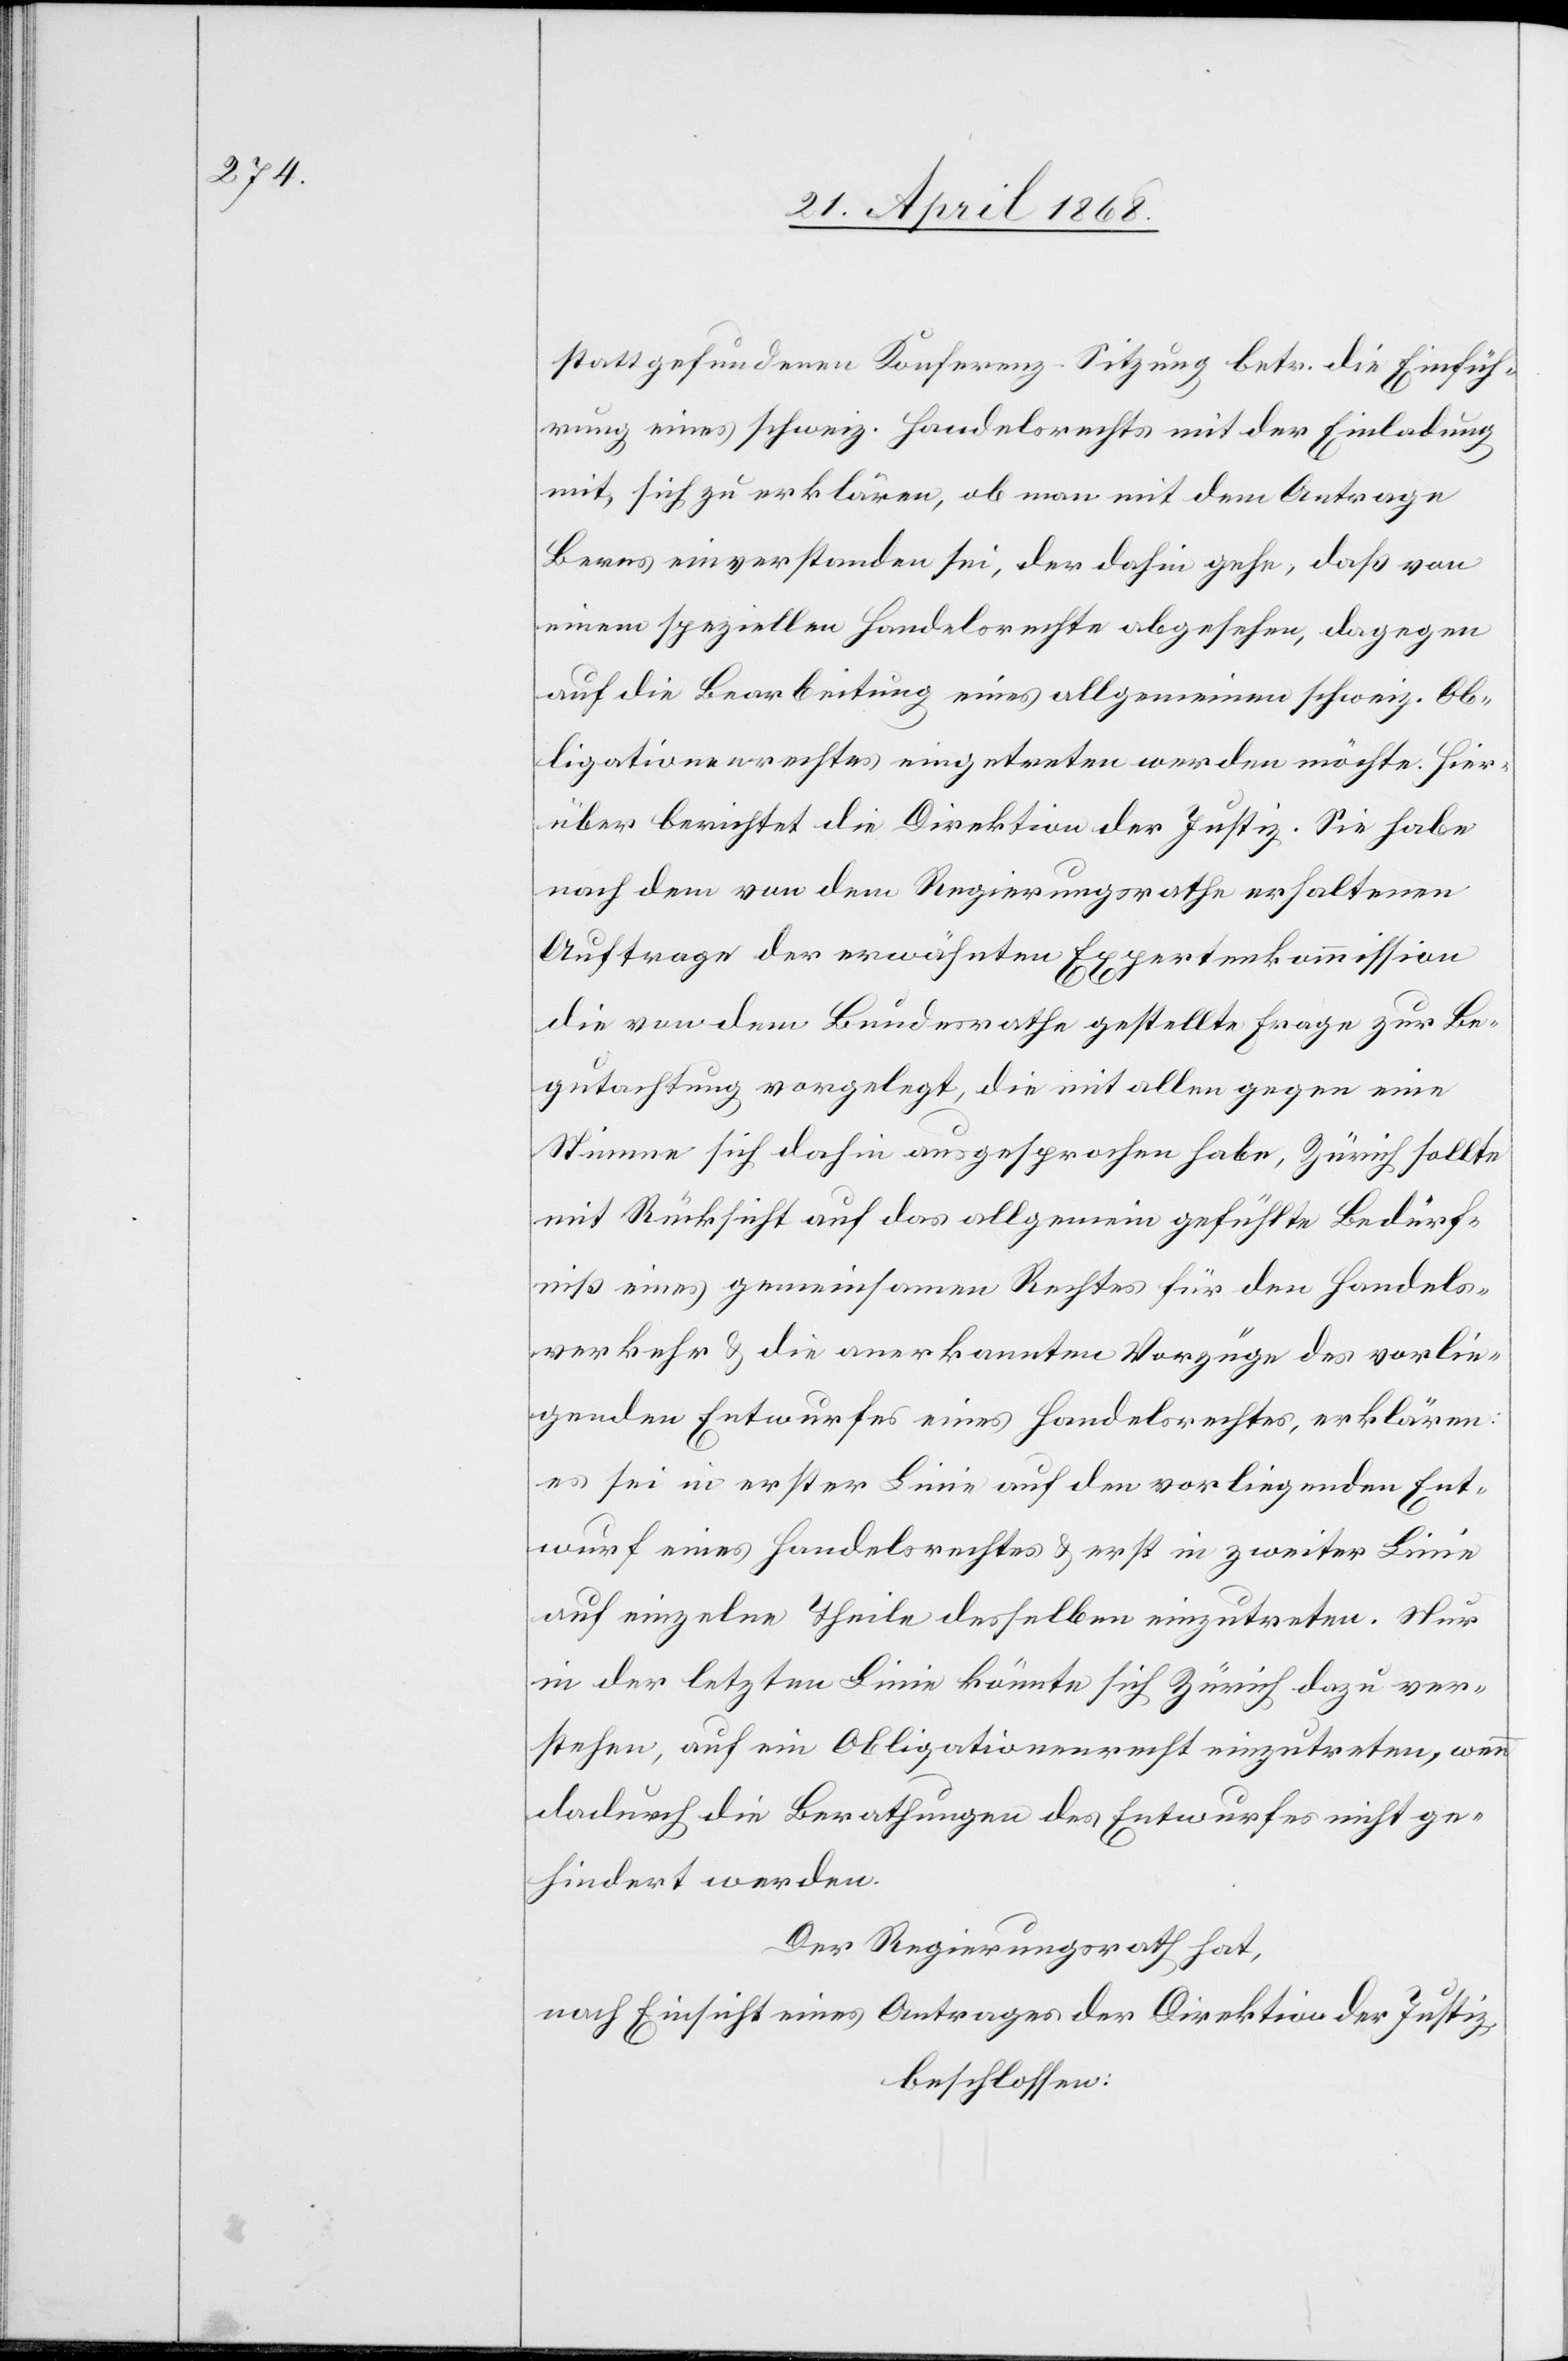
stattgefundenen Konferenz-Sitzung betr. die Einfüh¬
rung eines schweiz. Handelsrechts mit der Einladung
mit, sich zu erklären, ob man mit dem Antrage
Berns einverstanden sei, der dahin gehe, daß von
einem speziellen Handelsrechte abgesehen, dagegen
auf die Bearbeitung eines allgemeinen schweiz. Ob¬
ligationenrechtes eingetreten werden möchte. Hier¬
über berichtet die Direktion der Justiz. Sie habe
nach dem von dem Regierungsrathe erhaltenen
Auftrage der erwähnten Expertenkommission
die von dem Bundesrathe gestellte Frage zur Be¬
gutachtung vorgelegt, die mit allen gegen eine
Stimme sich dahin ausgesprochen habe, Zürich sollte
mit Rücksicht auf das allgemein gefühlte Bedürf¬
niß eines gemeinsamen Rechtes für den Handels¬
verkehr & die anerkannten Vorzüge des vorlie¬
genden Entwurfes eines Handelsrechtes, erklären:
es sei in erster Linie auf den vorliegenden Ent¬
wurf eines Handelsrechtes & erst in zweiter Linie
auf einzelne Theile desselben einzutreten. Nur
in der letzten Linie könnte sich Zürich dazu ver¬
stehen, auf ein Obligationenrecht einzutreten, wenn
dadurch die Berathungen des Entwurfes nicht ge¬
hindert werden.
Der Regierungsrath hat,
nach Einsicht eines Antrages der Direktion der Justiz,
beschlossen: